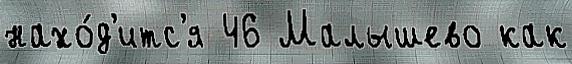
нахо́д'итс'я 46 Малышево как